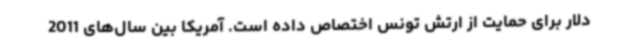
دلار برای حمایت از ارتش تونس اختصاص داده است. آمریکا بین سال‌های 2011